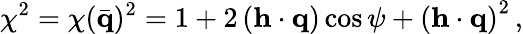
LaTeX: \chi^{2}=\chi(\bar{\mathbf q})^{2}=1+2\left({\mathbf h}\cdot{\mathbf q}\right)\cos\psi+\left({\mathbf h}\cdot{\mathbf q}\right)^{2}\, ,